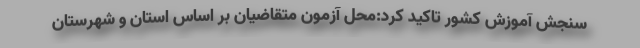
سنجش آموزش کشور تاکید کرد:محل آزمون متقاضیان بر اساس استان و شهرستان